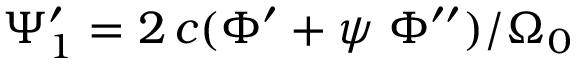
\Psi _ { 1 } ^ { \prime } = 2 \, c ( \Phi ^ { \prime } + \psi \; \Phi ^ { \prime \prime } ) / \Omega _ { 0 }